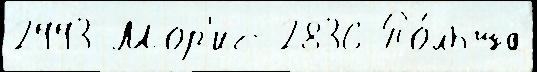
2993 Мор'ис 2836 По́льша